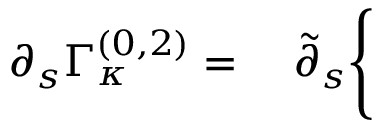
\partial _ { s } \Gamma _ { \kappa } ^ { ( 0 , 2 ) } = \quad \tilde { \partial } _ { s } \Bigg \{